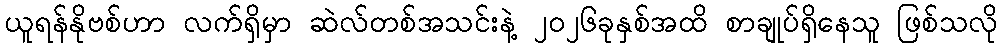
ယူရန်နိုဗစ်ဟာ လက်ရှိမှာ ဆဲလ်တစ်အသင်းနဲ့ ၂၀၂၆ခုနှစ်အထိ စာချုပ်ရှိနေသူ ဖြစ်သလို